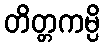
တိတ္တကမ္ပိ